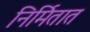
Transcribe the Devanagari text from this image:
निर्मितात